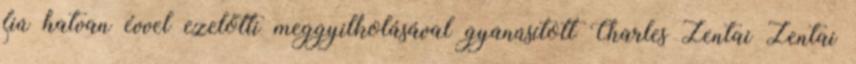
fiú hatvan évvel ezelőtti meggyilkolásával gyanúsított Charles Zentai Zentai